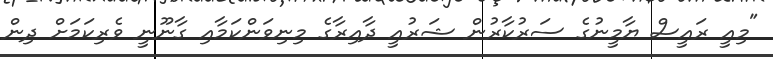
"މިއީ ރައީސް ޔާމީނުގެ ސަރުކާރުން ޝަރުއީ ދާއިރާގެ މިނިވަންކަމާއި ގާނޫނީ ވެރިކަމަށް ދިން